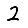
Digit: 2